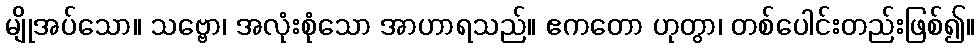
မျိုအပ်သော။ သဗ္ဗော၊ အလုံးစုံသော အာဟာရသည်။ ဧကတော ဟုတွာ၊ တစ်ပေါင်းတည်းဖြစ်၍။